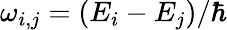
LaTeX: \omega_{i,j}=(E_{i}-E_{j})/\hbar